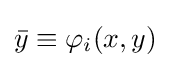
{\bar {y}}\equiv \varphi _{i}(x,y)